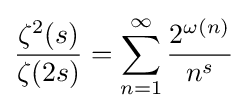
{\frac {\zeta ^{2}(s)}{\zeta (2s)}}=\sum _{n=1}^{\infty }{\frac {2^{\omega (n)}}{n^{s}}}